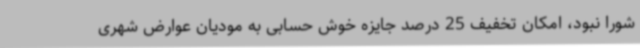
شورا نبود، امکان تخفیف 25 درصد جایزه خوش حسابی به مودیان عوارض شهری